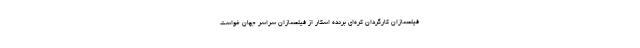
فیلمسازان کارگردان کره‌ای برنده اسکار از فیلمسازان سراسر جهان خواست